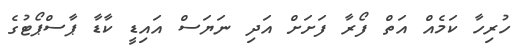
ހުރިހާ ކަމެއް އަތް ފޯރާ ފަށަށް އަދި ނަޔަސް އައިޑީ ކާޑާ ޕާސްޕޯޓުގެ